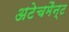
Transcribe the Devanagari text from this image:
अटेचमैन्ट